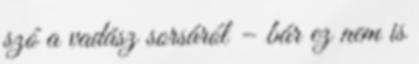
szó a vadász sorsáról – bár ez nem is